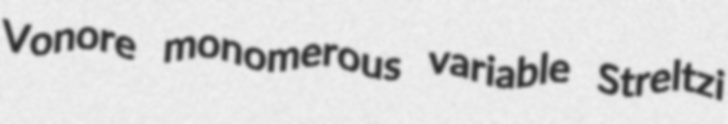
Vonore monomerous variable Streltzi